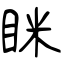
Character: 眯